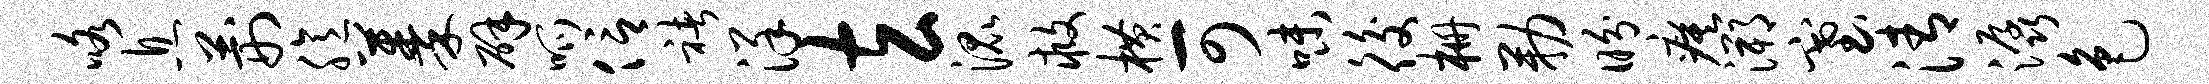
咯息荆臆蓁辟呱信褚详玄混救横可味後栅勒盼瘼溯塞清潺色